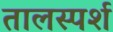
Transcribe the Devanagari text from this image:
तालस्पर्श